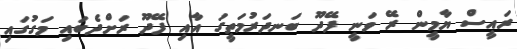
ރައީސް ޔާމީން ރޭ ވަނީ ފޭދޫ ބަނދަރުމަތީގަ އާއި ފޭދޫ ރަށްދެބައި މަގުގައި